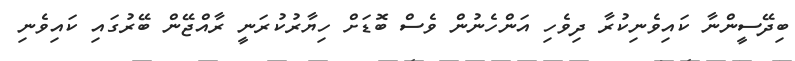
ބިދޭސީންނާ ކައިވެނިކުރާ ދިވެހި އަންހެނުން ވެސް ބޮޑަށް ހިޔާރުކުރަނީ ރާއްޖޭން ބޭރުގައި ކައިވެނި